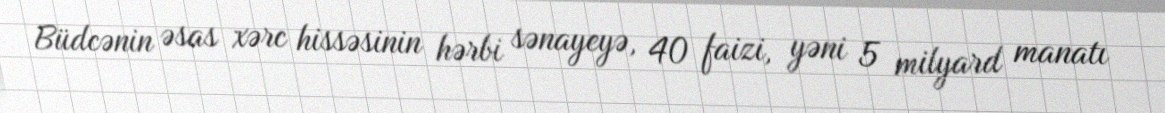
Büdcənin əsas xərc hissəsinin hərbi sənayeyə, 40 faizi, yəni 5 milyard manatı